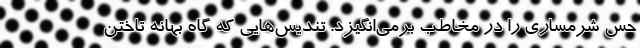
حس شرمساری را در مخاطب برمی‌انگیزد. تندیس‌هایی که گاه بهانه تاختن